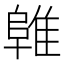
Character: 𱀜